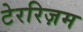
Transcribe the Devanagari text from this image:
टेररिज़म